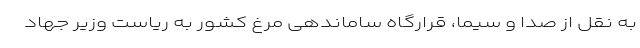
به نقل از صدا و سیما، قرارگاه ساماندهی مرغ کشور به ریاست وزیر جهاد